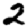
Digit: 2